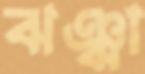
ঝঞ্ঝা